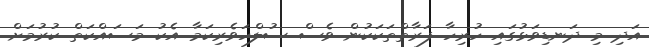
އަދި މި ދަނޑިވަޅުގައި ހުރިހާ ފަރާތްތަކަކުން ވެސް ސުލްހަވެރިކަމާ އެކު މަސައްކަތް ކުރުމަށް